Report on vaccination in Madras 1904-1921 - 1904-1921
Year: 1904
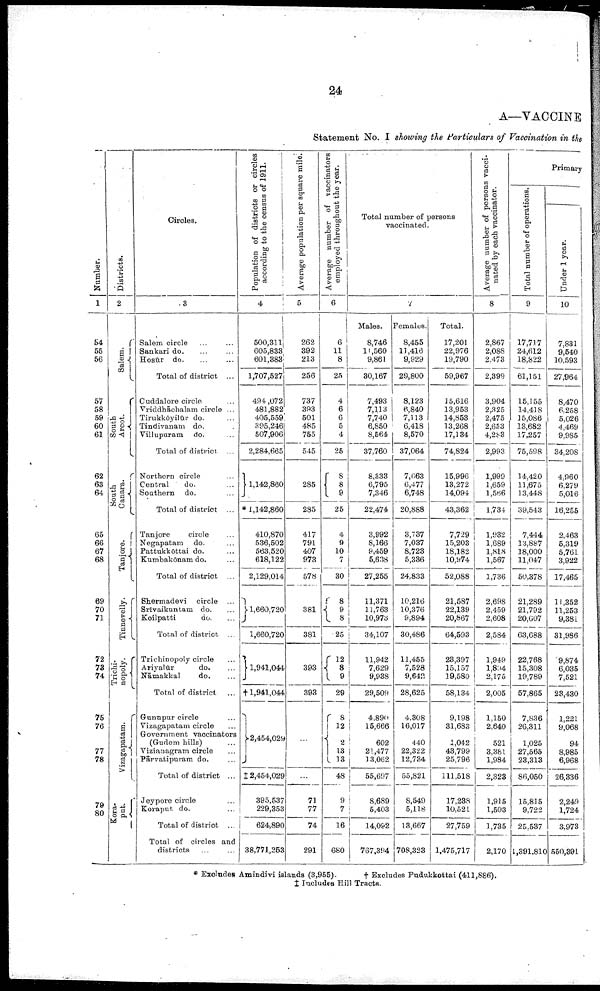
24
A—VACCINE
Statement No. I showing the Particulars of Vaccination in the
Number.
1
54
55
56
57
58
59
60
61
62
63
64
65
66
67
68
69
70
71
72
78
74
75
76
77
78
79
80
Districts.
2
Salem.
South
Arcot.
South
Canara.
Tanjore.
Tinnevelly.
Trichi¬
nopoly.
Vizagapatam.
Kora¬
put.
Circles.
3
Salem circle ... ...
Sankari do. ... ...
Hosūr do. ... ...
Total of district ...
Cuddalore circle ...
Vriddhāchalam circle ...
Tirukkōyilūr do. ...
Tindivanam do. ...
Villupuram do. ...
Total of district ...
Northern circle ...
Central
do. ...
Southern do. ...
Total of district ...
Tanjore
circle ...
Negapatam do. ...
Pattukkōttai do. ...
Kumbakōnam do. ...
Total of district ...
Shermadevi circle ...
Srīvaikuntam do. ...
Koilpatti
do. ...
Total of district ...
Trichinopoly circle ...
Ariyalūr
do. ...
Nāmakkal
do. ...
Total of district ...
Gunupur circle ...
Vizagapatam circle ...
Government vaccinators
(Gudem hills) ...
Vizianagram circle ...
Pārvatipuram do. ...
Total of district ...
Jeypore circle ...
Koraput do. ...
Total of district ...
Total of circles and
districts ... ...
Population of districts or circles
according to t he c e n s u s of 1911.
4
500,311
605,833
601,383
1,707,527
494,072
481,882
405,559
395,246
507,906
2,284,665
1,142,860
*1,142,860
410,870
536,502
563,520
618,122
2,129,014
1,660,720
1,660,720
1,941,044
†1,941,044
2,454,029
‡2,454,029
395,537
229,353
624,890
38,771,253
Ave r
a ge population per square mile.
5
262
392
213
256
737
393
501
485
755
545
285
285
417
791
407
973
578
381
381
393
393
...
...
71
77
74
291
Ave r
a ge number of vaccinators
employed throughout the year.
6
6
11
8
25
4
6
6
5
4
25
8
8
9
25
4
9
10
7
30
8
9
8
25
12
8
9
29
8
12
2
13
13
48
9
7
16
680
Total number of persons
vaccinated.
7
Males.
8,746
11,560
9,861
30,167
7,493
7,113
7,740
6,850
8,564
37,760
8,333
6,795
7,346
22,474
3,992
8,166
9,459
5,638
27,255
11,371
11,763
10,973
34,107
11,942
7,629
9,938
29,509
4,890
15,666
602
21,477
13,062
55,697
8,689
5,403
14,092
767,394
Females.
8,455
11,416
9,929
29,800
8,123
6,840
7,113
6,418
8,570
37,064
7,663
6,477
6,748
20,888
3,737
7,037
8,723
5,336
24,833
10,216
10,376
9,894
30,486
11,455
7,528
9,642
28,625
4,308
16,017
440
22,322
12,734
55,821
8,549
5,118
13,667
708,323
Total.
17,201
22,976
19,790
59,967
15,616
13,953
14,853
13,268
17,134
74,824
15,996
13,272
14,094
43,362
7,729
15,203
18,182
10,974
52,088
21,587
22,139
20,867
64,593
23,397
15,157
19,580
58,134
9,198
31,683
1,042
43,799
25,796
111,518
17,238
10,521
27,759
1,475,717
Ave r
a ge number of persons vacci
nated by each vaccinator.
8
2,867
2,088
2,473
2,399
3,904
2,325
2,475
2,653
4,283
2,993
1,999
1,659
1,566
1,734
1,932
1,689
1,818
1,567
1,736
2,698
2,459
2,608
2,584
1,949
l,894
2,175
2,005
1,150
2,640
521
3,381
1,984
2,323
1,915
1,503
1,735
2,170
Primary
Total number of operati
9
17,717
24,612
18,822
61,151
15,155
14,418
15,086
13,682
17,257
75,598
14,420
11,675
13,448
39,543
7,444
13,887
18,000
11,047
50,378
21,289
21,792
20,607
63,688
22,768
15,308
19,789
57,865
7,836
26,311
1,025
27,565
23,313
86,050
15,815
9,722
25,537
1,391,810
Under 1 yea
10
7,831
9,540
10,593
27,964
8,470
6,258
5,026
4,469
9,985
34,208
4,960
6,279
5,016
16,255
2,463
5,319
5,761
3,922
17,465
11,352
11,253
9,381
31,986
9,874
6,035
7,521
23,430
1,221
9,068
94
8,985
6,968
26,336
2,249
1,724
3,973
550,391
* Excludes Amindivi islands (3,955).
† Excludes Pudukkottai (411,886).
‡ Includes Hill Tracts.